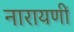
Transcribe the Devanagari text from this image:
नारायणीं